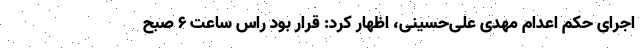
اجرای حکم اعدام مهدی علی‌حسینی، اظهار کرد: قرار بود راس ساعت ۶ صبح